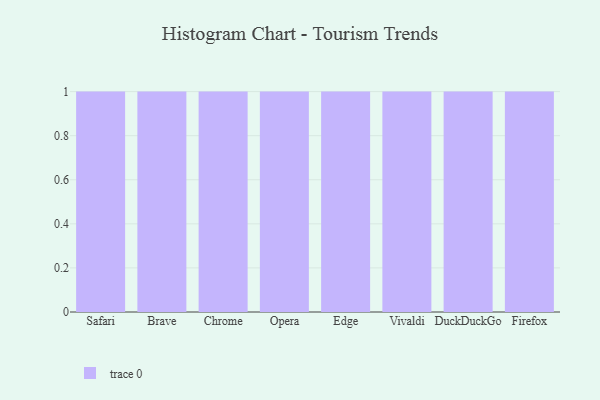
{"axis": {"x": "Browser", "y": "Operating Costs (USD K)"}, "legend": [""], "data": [{"x": "Safari", "y": 1, "type": ""}, {"x": "Brave", "y": 50, "type": ""}, {"x": "Chrome", "y": 12, "type": ""}, {"x": "Opera", "y": 51, "type": ""}, {"x": "Edge", "y": 94, "type": ""}, {"x": "Vivaldi", "y": 50, "type": ""}, {"x": "DuckDuckGo", "y": 26, "type": ""}, {"x": "Firefox", "y": 3, "type": ""}]}